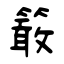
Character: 𥴊